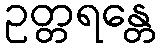
ဥတ္တရန္တေ